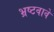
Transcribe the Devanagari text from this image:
भ्रष्टवावे